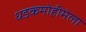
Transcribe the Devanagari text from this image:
धडकमोहीमेला